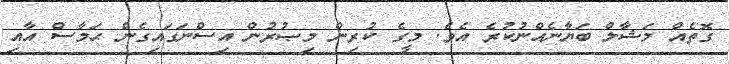
ގޮތެއް މަޝާލް ބަޔާނެއްނުކުރެ އެވެ. މީގެ ކުރިން މިޞުރުން އިސްނަގައިގެން ޙަމާސް އާއި